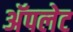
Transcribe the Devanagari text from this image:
अॅपलेट